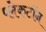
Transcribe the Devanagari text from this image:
प्लेकटॉन